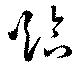
臨